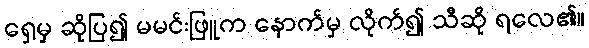
ရှေ့မှ ဆိုပြ၍ မမင်းဖြူက နောက်မှ လိုက်၍ သီဆို ရလေ၏။